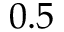
0 . 5